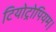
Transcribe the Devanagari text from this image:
टियोट्रोपियम।